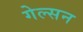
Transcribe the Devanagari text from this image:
गेल्सन